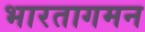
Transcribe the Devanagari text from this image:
भारतागमन